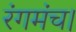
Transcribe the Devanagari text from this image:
रंगमंच।